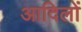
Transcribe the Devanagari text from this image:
आदिलों